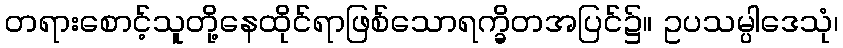
တရားစောင့်သူတို့နေထိုင်ရာဖြစ်သောရက္ခိတအပြင်၌။ ဥပသမ္ပါဒေသုံ၊